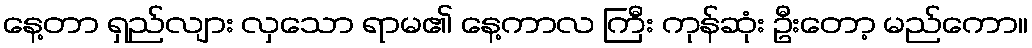
နေ့တာ ရှည်လျား လှသော ရာမ၏ နေ့ကာလ ကြီး ကုန်ဆုံး ဦးတော့ မည်ကော။